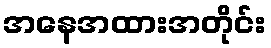
အနေအထားအတိုင်း